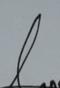
Signature authenticity: genuine